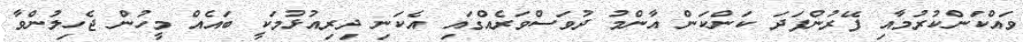
ވައްކަންކުރުމާއި ފޭރުންފަދަ ކަންކަން އާންމު ދުވަސްވަރެއްގައި އެކަނި ދިރިއުޅުމަކީ ބައެއް މީހުން ޖެހިލުންވާ